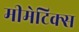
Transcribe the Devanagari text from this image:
मीमेटिक्स